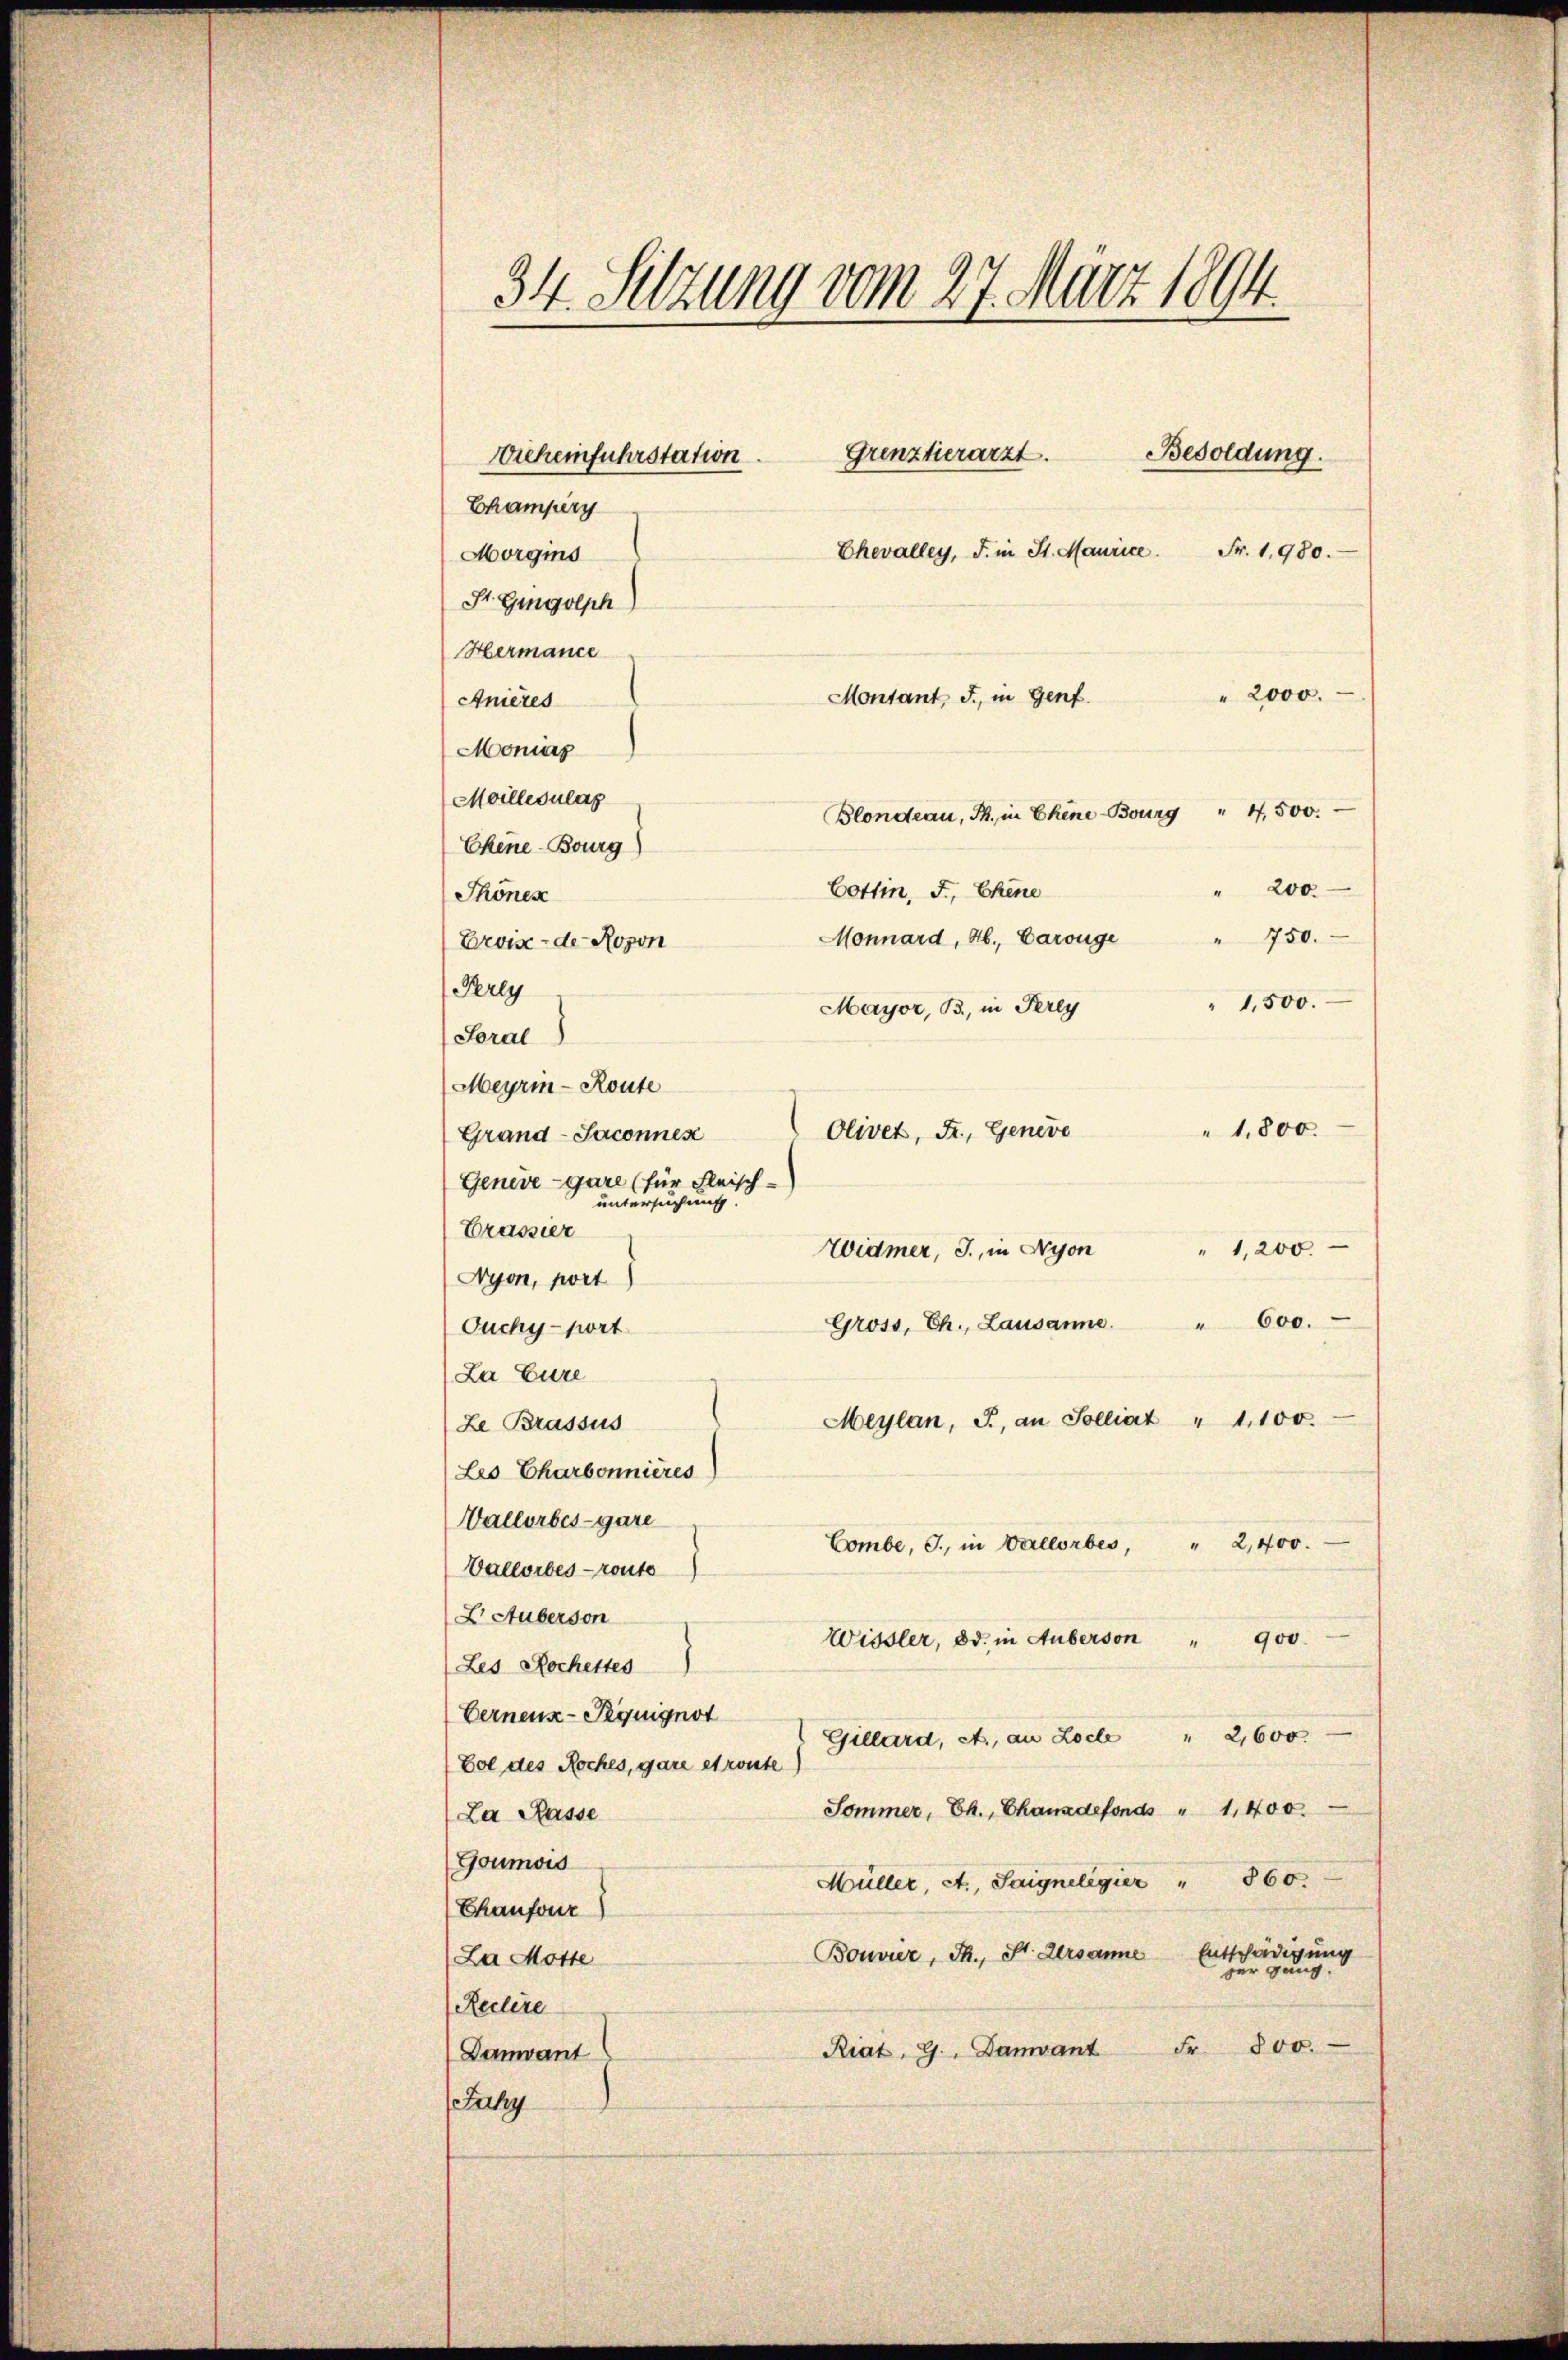
34. Setzung vom 27. März 1894.
Grenztierarzt.
Besoldung.
Wieheinfuhrstation.
Champery
Chevalley, J. in St. Maurice. Fr. 1980.

" 2000.
Moniaz
Moilleoulag
Blondeau, Th. in Ehene Bourg " 4500.
Ekene-Bourg)
200.
Cottin, F., Chene
Thönen
" 750.
Monnard, Ab., Carouge
Erois-de Rosen
Prly
" 1,500.
Mayor, B., in Perey
Soral
Meyrin - Route
" 1,800.
Olivet, Fr., Geneve
Grand- Jaconnes
Genevegare (für Fleisch-
untersuchung
Drassier
" 1,200.
Widmer, J., in Nyon
Nyon, port)
Gross, Ch., Lausanne. " 600.
Ouchy-port
Za Eure
Meylan, J., an Solliat " 1100.
Le Brassus
Les Charbonnieres
Wallorbes-gare
Combe, J., in Vallorbes, " 2,400.
Vallorbes route
L ctuberson
Wissler, od. in Auberson " 900.
Les Hochettes
Gernenz-Prquignot
Gillard, A., an Locle " 2,600.
Col des Roches, gare et route
Sommer, Ch., Chansdefonds " 1400.
La Pässe
Goumois
860.
Müller, A., Saigneligier
Chaufour
Bouvier, Th., St. Gersanne Entschädigung
La Motte
Reclere
Riat. G., Danvant Fr. 800.
Damvant
Fuky

Montant J., in Genf.
Anières

Morgins
St. Gingolph
Hermance